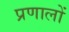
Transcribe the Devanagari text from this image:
प्रणालों